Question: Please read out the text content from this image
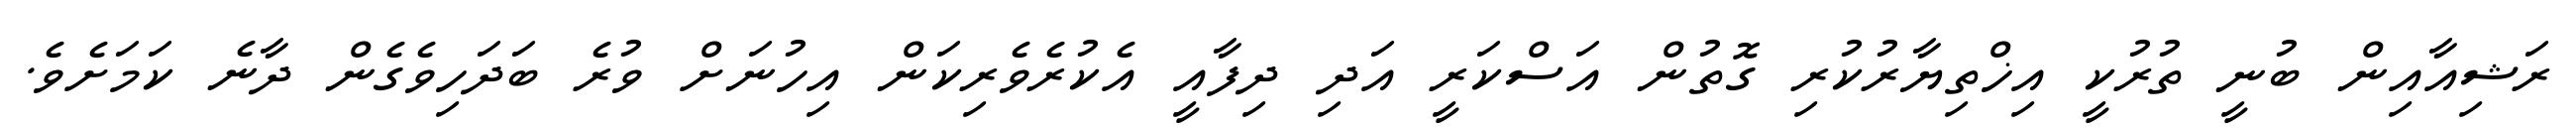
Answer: ރަޝިއާއިން ބުނީ ތުރުކީ އިޚްތިޔާރުކުރި ގޮތުން އަސްކަރީ އަދި ދިފާއީ އެކުރެވެރިކަން އިހުނަށް ވުރެ ބަދަހިވެގެން ދާނެ ކަމަށެވެ.